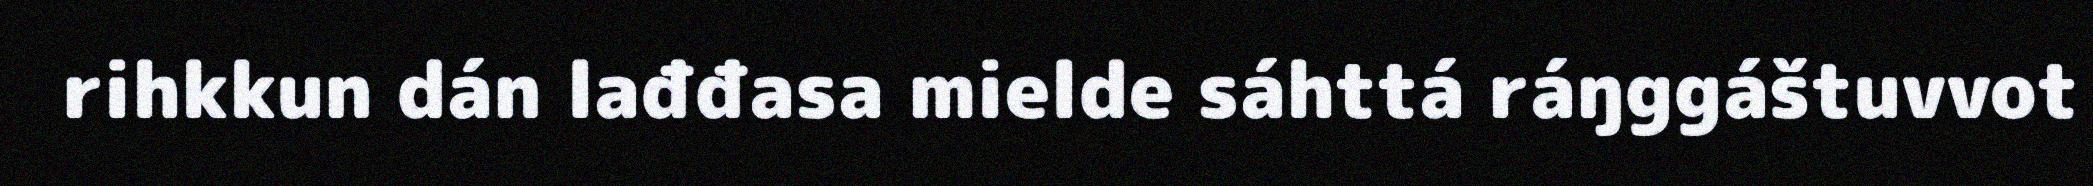
rihkkun dán lađđasa mielde sáhttá ráŋggáštuvvot